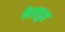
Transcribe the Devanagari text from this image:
फेलतुस